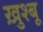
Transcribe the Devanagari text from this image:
ख़ुश्बू